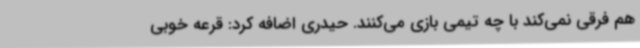
هم فرقی نمی‌کند با چه تیمی بازی می‌کنند. حیدری اضافه کرد: قرعه خوبی